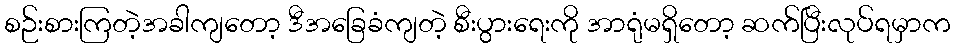
စဉ်းစားကြတဲ့အခါကျတော့ ဒီအခြေခံကျတဲ့ စီးပွားရေးကို အာရုံမရှိတော့ ဆက်ပြီးလုပ်ရမှာက